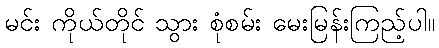
မင်း ကိုယ်တိုင် သွား စုံစမ်း မေးမြန်းကြည့်ပါ။